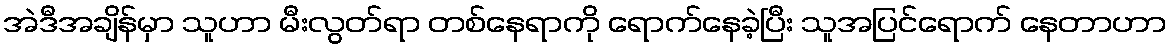
အဲဒီအချိန်မှာ သူဟာ မီးလွတ်ရာ တစ်နေရာကို ရောက်နေခဲ့ပြီး သူအပြင်ရောက် နေတာဟာ